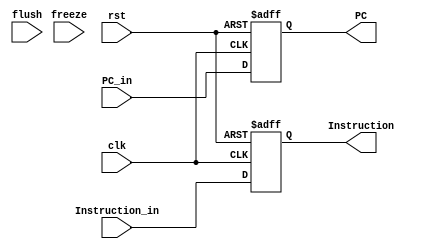
module IF_stage_Reg(input clk, rst, freeze, flush,
input [31:0] PC_in, Instruction_in, output reg [31:0] PC, Instruction
);

always @(posedge clk, posedge rst) begin
    if(rst) begin
        PC <= 32'b0;
        Instruction <=32'b0;
    end
    else if(clk) begin
        PC<=PC_in;
        Instruction<=Instruction_in;
    end
end
endmodule

module ID_stage_Reg(input clk, rst, input [31:0] PC_in, output reg [31:0] PC);
always @(posedge clk, posedge rst) begin
    if(rst) begin
        PC <= 32'b0;
    end
    else if(clk) begin
        PC<=PC_in;
    end
end
endmodule
module EX_stage_Reg(input clk, rst, input [31:0] PC_in, output reg [31:0] PC);
always @(posedge clk, posedge rst) begin
    if(rst) begin
        PC <= 32'b0;
    end
    else if(clk) begin
        PC<=PC_in;
    end
end
endmodule
module MEM_stage_Reg(input clk, rst, input [31:0] PC_in, output reg [31:0] PC);
always @(posedge clk, posedge rst) begin
    if(rst) begin
        PC <= 32'b0;
    end
    else if(clk) begin
        PC<=PC_in;
    end
end
endmodule